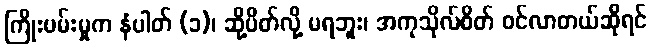
ကြိုးပမ်းမှုက နံပါတ် (၁)၊ ဆို့ပိတ်လို့ မရဘူး၊ အကုသိုလ်စိတ် ဝင်လာတယ်ဆိုရင်